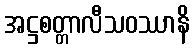
အဋ္ဌစတ္တာလီသဝဿာနိ